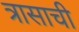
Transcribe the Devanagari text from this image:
त्रासाची